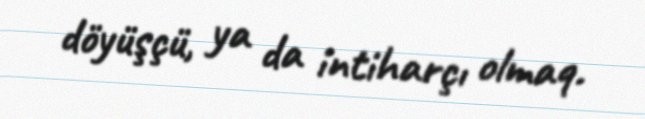
döyüşçü, ya da intiharçı olmaq.